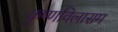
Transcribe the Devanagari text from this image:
कृष्णविलासम